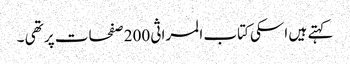
کہتے ہیں اسکی کتاب المراثی 200 صفحات پر تھی ۔